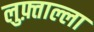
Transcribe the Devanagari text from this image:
लुफ़्ताल्ला